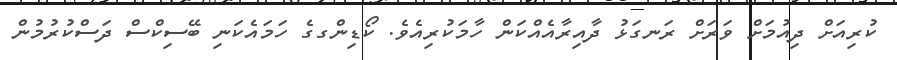
ކުރިއަށް ދިއުމަށް ވަރަށް ރަނގަޅު ދާއިރާއެއްކަން ހާމަކުރިއެވެ. ކޯޑިންގގެ ހަމައެކަނި ބޭސިކްސް ދަސްކުރުމުން